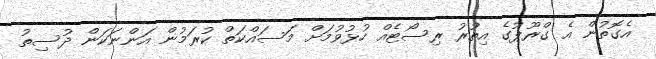
އެގޮތުން އެ ގްރޫޕުގެ އިތުރު ރިސޯޓެއް ހުޅުވުމަށް މަސައްކަތް ކުރަމުން އަންނަކަން ދުސިތު